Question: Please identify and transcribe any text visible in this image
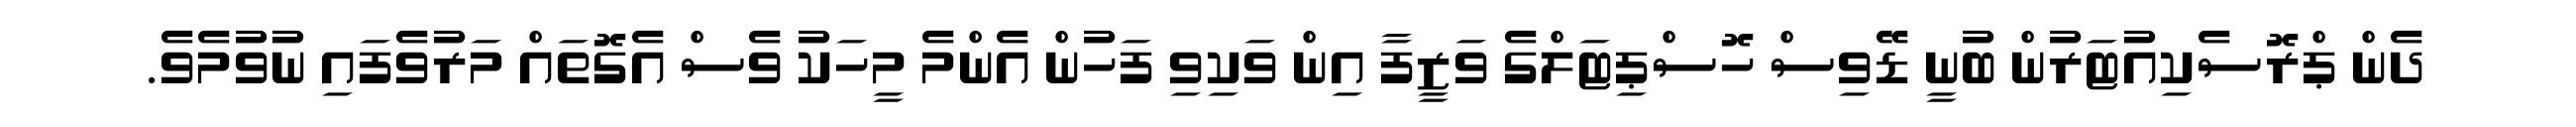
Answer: ދެން ޕްރޮސެކިއުޓަރުން ބުނީ ޑޭވިސް ހޮސްޕިޓަލްގެ ވަޒީފާ އިން ވަކިވި ފަހުން އެންމެ މީހަކު ވެސް އެގޮތައް މަރުވެފައި ނުވުމެވެ.